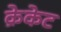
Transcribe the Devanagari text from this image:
क्रेकेट